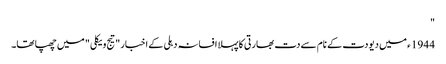
"
1944 ء میں دیودت کے نام سے دت بھارتی کا پہلا افسانہ دہلی کے اخبار "تیج ویکلی " میں چھپا تھا۔